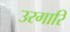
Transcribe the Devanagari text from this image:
उरगारि